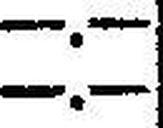
—.—